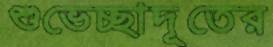
শুভেচ্ছাদূতের